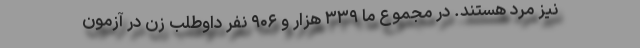
نیز مرد هستند. در مجموع ما ۳۳۹ هزار و ۹۰۶ نفر داوطلب زن در آزمون